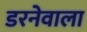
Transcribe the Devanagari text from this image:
डरनेवाला